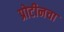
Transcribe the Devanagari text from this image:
प्रोटीनचा